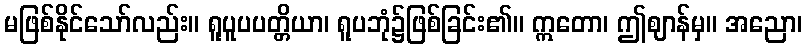
မဖြစ်နိုင်သော်လည်း။ ရူပူပပတ္တိယာ၊ ရူပဘုံ၌ဖြစ်ခြင်း၏။ ဣတော၊ ဤဈာန်မှ။ အညော၊